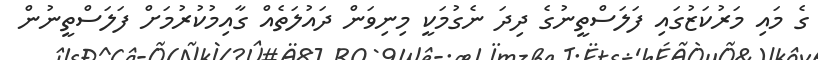
ގެ މައި މަރުކަޒުގައި ފަލަސްތީނުގެ ދިދަ ނެގުމަކީ މިނިވަން ދައުލަތެއް ގާއިމުކުރުމަށް ފަލަސްތީނުން